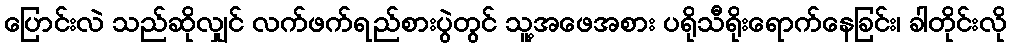
ပြောင်းလဲ သည်ဆိုလျှင် လက်ဖက်ရည်စားပွဲတွင် သူ့အဖေအစား ပရိုသီရိုးရောက်နေခြင်း၊ ခါတိုင်းလို